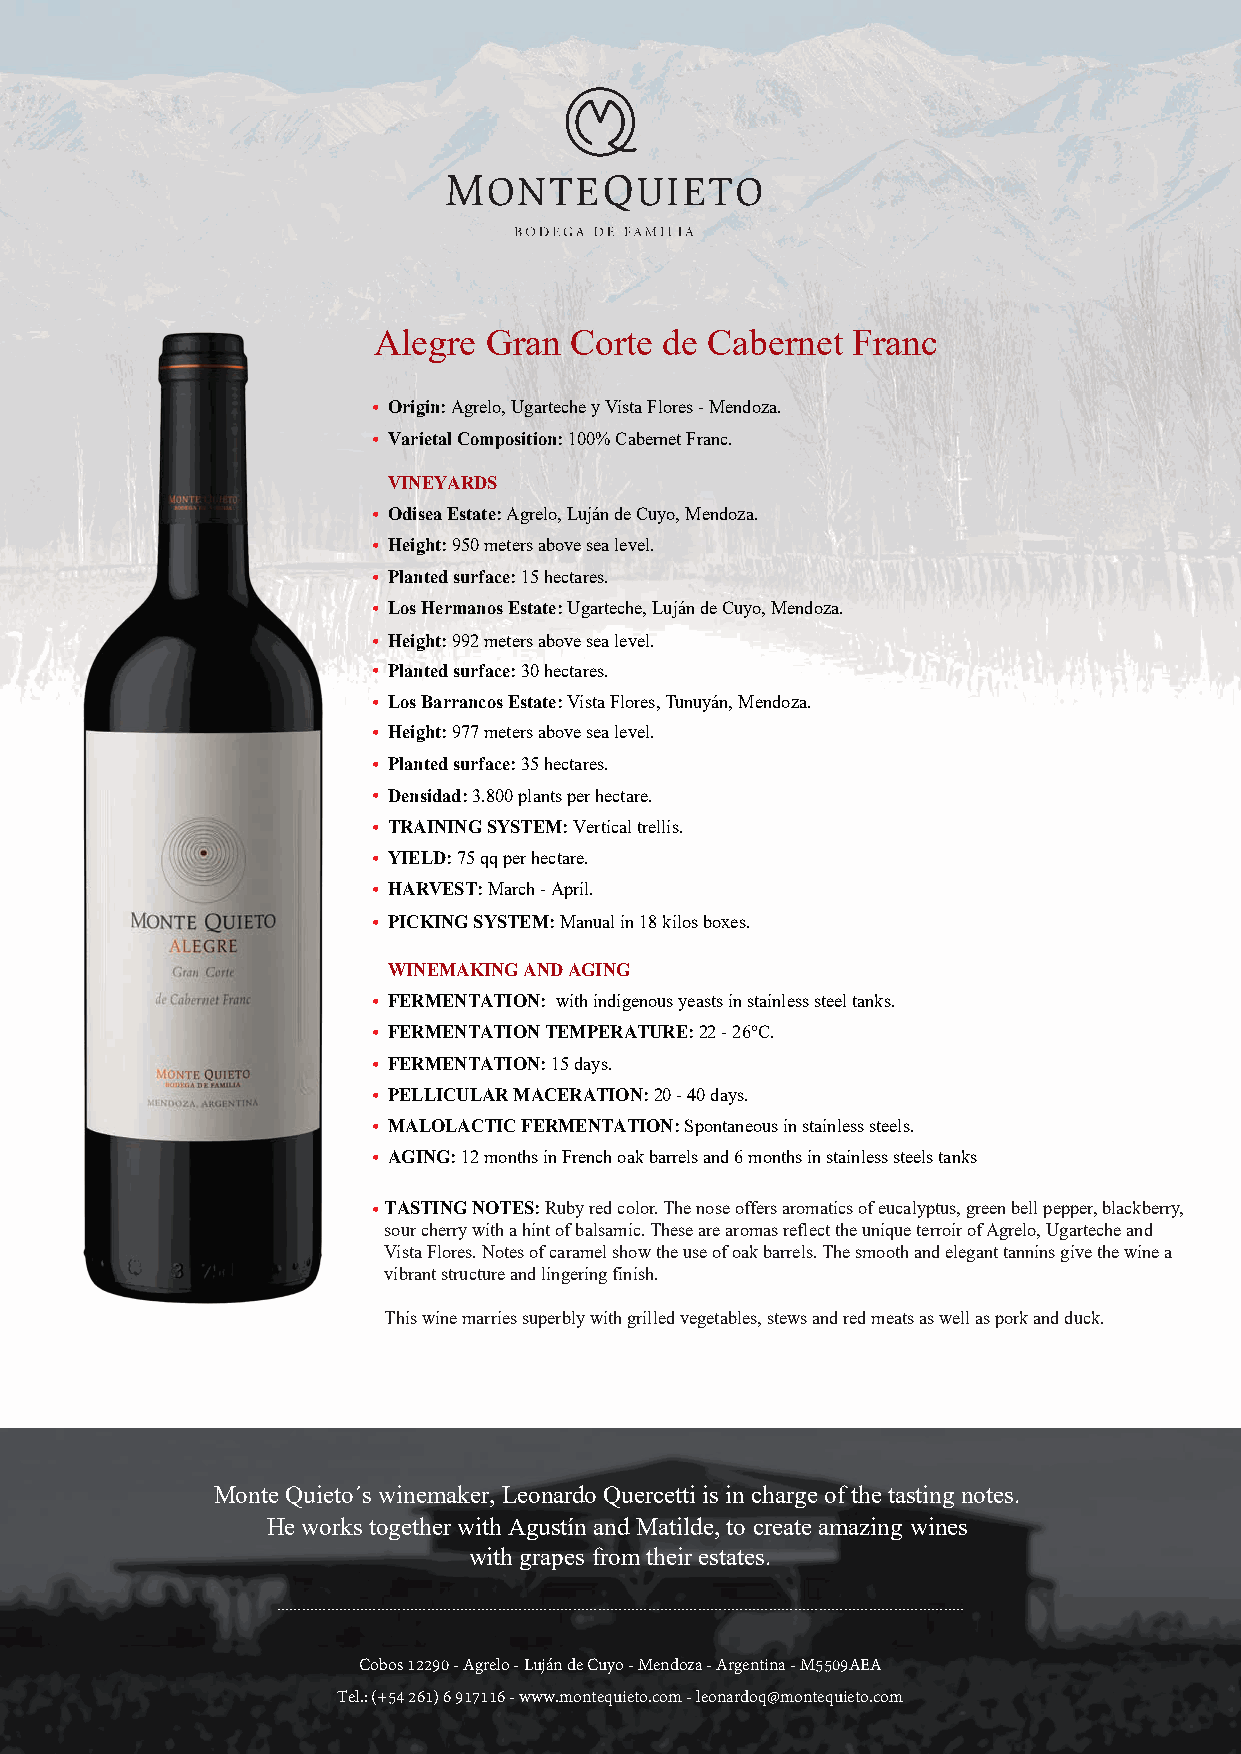
Alegre Gran  Corte de Cabernet Franc
 • Origin: Agrelo, Ugarteche y Vista Flores - Mendoza.
 • Varietal Composition: 100% Cabernet Franc.
 VINEYARDS
 • Odisea Estate: Agrelo, Luján de Cuyo, Mendoza.
 • Height: 950 meters above sea level.
 • Planted surface: 15 hectares.
 • Los Hermanos Estate: Ugarteche, Luján de Cuyo, Mendoza.
 • Height: 992 meters above sea level.
 • Planted surface: 30 hectares.
 • Los Barrancos Estate: Vista Flores, Tunuyán, Mendoza.
 • Height: 977 meters above sea level.
 • Planted surface: 35 hectares.
 • Densidad: 3.800 plants per hectare.
 • TRAINING SYSTEM: Vertical trellis.
 • YIELD: 75 qq per hectare.
 • HARVEST: March - April.
 • PICKING SYSTEM: Manual in 18 kilos boxes.
 WINEMAKING AND AGING
 • FERMENTATION: with indigenous yeasts in stainless steel tanks.
 • FERMENTATION TEMPERATURE: 22 - 26°C.
 • FERMENTATION: 15 days.
 • PELLICULAR MACERATION: 20 - 40 days.
 • MALOLACTIC FERMENTATION: Spontaneous in stainless steels.
 • AGING: 12 months in French oak barrels and 6 months in stainless steels tanks
 •TASTING NOTES: Ruby red color. The nose offers aromatics of eucalyptus, green bell pepper, blackberry,
 sour cherry with a hint of balsamic. These are aromas reflect the unique terroir of Agrelo, Ugarteche and
 Vista Flores. Notes of caramel show the use of oak barrels. The smooth and elegant tannins give the wine a
 vibrant structure and lingering finish.
 This wine marries superbly with grilled vegetables, stews and red meats as well as pork and duck.
 Monte Quieto´s winemaker, Leonardo Quercetti is in charge of the tasting notes.
 He works together with Agustín and Matilde, to create amazing wines
 with grapes from their estates.
 Cobos 12290 - Agrelo - Luján de Cuyo - Mendoza - Argentina - M5509AEA
 Tel.: (+54 261) 6 917116 - www.montequieto.com - leonardoq@montequieto.com